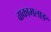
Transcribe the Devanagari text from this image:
वाकामलाङ